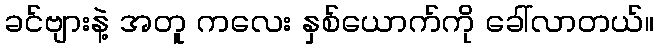
ခင်ဗျားနဲ့ အတူ ကလေး နှစ်ယောက်ကို ခေါ်လာတယ်။